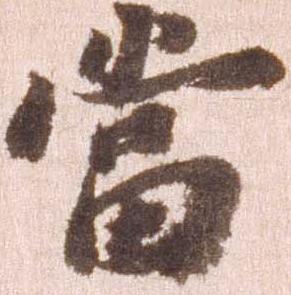
当